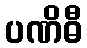
ပဏိဓီ